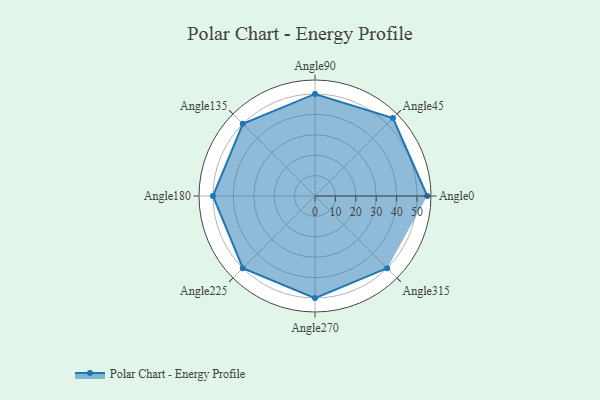
{"axis": {"x": "Angle", "y": "Radius"}, "legend": [""], "data": [{"x": "Angle0", "y": 55.0, "type": ""}, {"x": "Angle45", "y": 54.0, "type": ""}, {"x": "Angle90", "y": 50.0, "type": ""}, {"x": "Angle135", "y": 50, "type": ""}, {"x": "Angle180", "y": 50, "type": ""}, {"x": "Angle225", "y": 50, "type": ""}, {"x": "Angle270", "y": 50, "type": ""}, {"x": "Angle315", "y": 50, "type": ""}]}